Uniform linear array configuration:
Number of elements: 4
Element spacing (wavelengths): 0.25
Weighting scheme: hamming
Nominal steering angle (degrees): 45
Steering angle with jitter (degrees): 45.757
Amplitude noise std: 0.05
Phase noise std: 0.05

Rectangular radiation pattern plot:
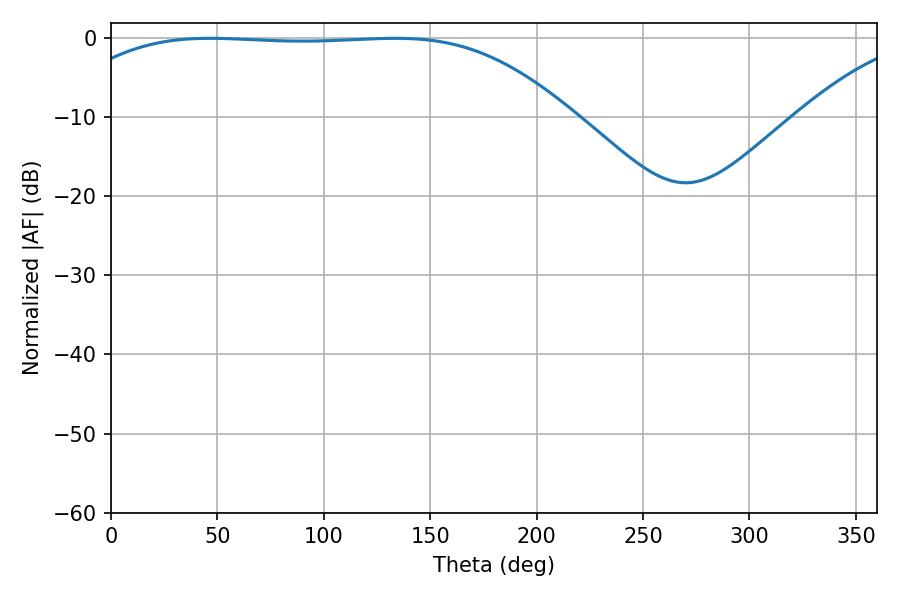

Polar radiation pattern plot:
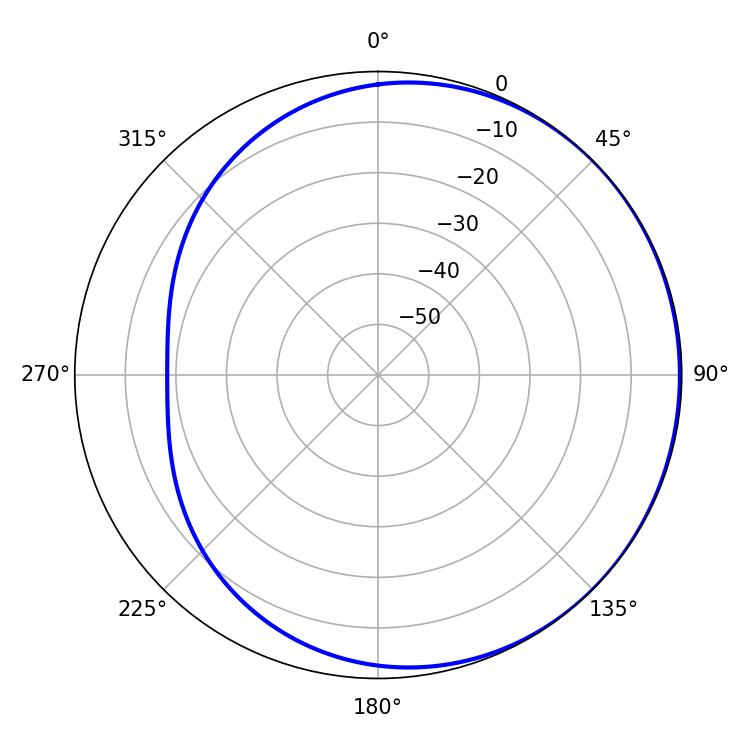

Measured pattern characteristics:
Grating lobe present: FALSE
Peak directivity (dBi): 0.6222
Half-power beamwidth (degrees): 183.42
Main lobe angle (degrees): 46.44